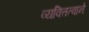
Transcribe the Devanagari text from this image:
व्यक्तित्वाने